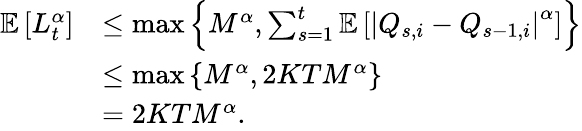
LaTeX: \begin{array}{rl}{\mathbb E\left[L_{t}^{\alpha}\right]}&{\le\operatorname*{max}\left\{ M^{\alpha},\sum_{s=1}^{t}\mathbb E\left[\left\lvert Q_{s,i}-Q_{s-1,i}\right\rvert^{\alpha}\right]\right\} }\\ &{\le\operatorname*{max}\left\{ M^{\alpha},2KTM^{\alpha}\right\} }\\ &{=2KTM^{\alpha}.}\end{array}